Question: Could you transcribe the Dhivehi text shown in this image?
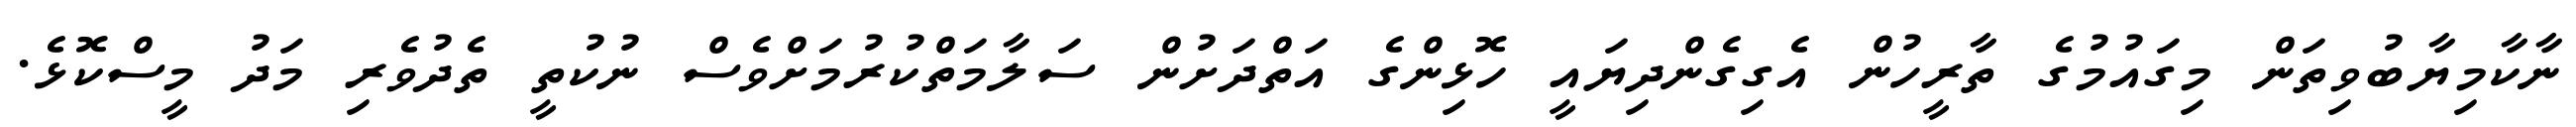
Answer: ނާކާމިޔާބުވިތަން މިގައުމުގެ ތާރީހުން އެގިގެންދިޔައީ ހޮޅިންގެ އަތްދަށުން ސަލާމަތްކުރުމަށްވެސް ނުކުތީ ތެދުވެރި މަދު މީސްކޮޅެ.